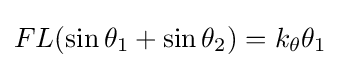
FL(\sin \theta _{1}+\sin \theta _{2})=k_{\theta }\theta _{1}